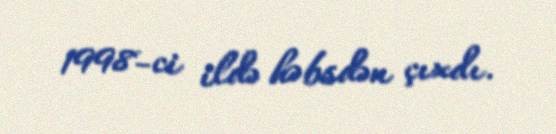
1998-ci ildə həbsdən çıxdı.